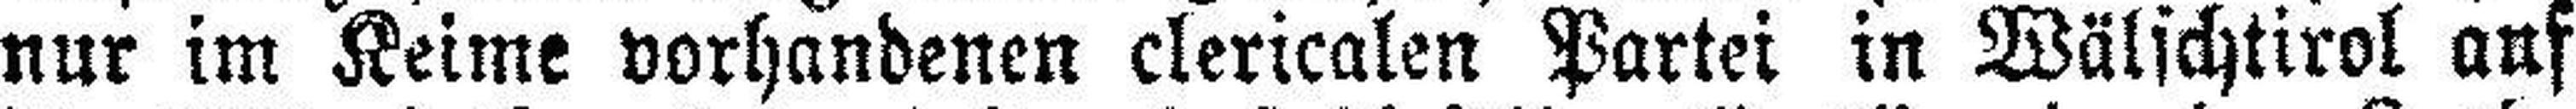
nur im Keime vorhandenen clericalen Partei in Wälschtirol auf